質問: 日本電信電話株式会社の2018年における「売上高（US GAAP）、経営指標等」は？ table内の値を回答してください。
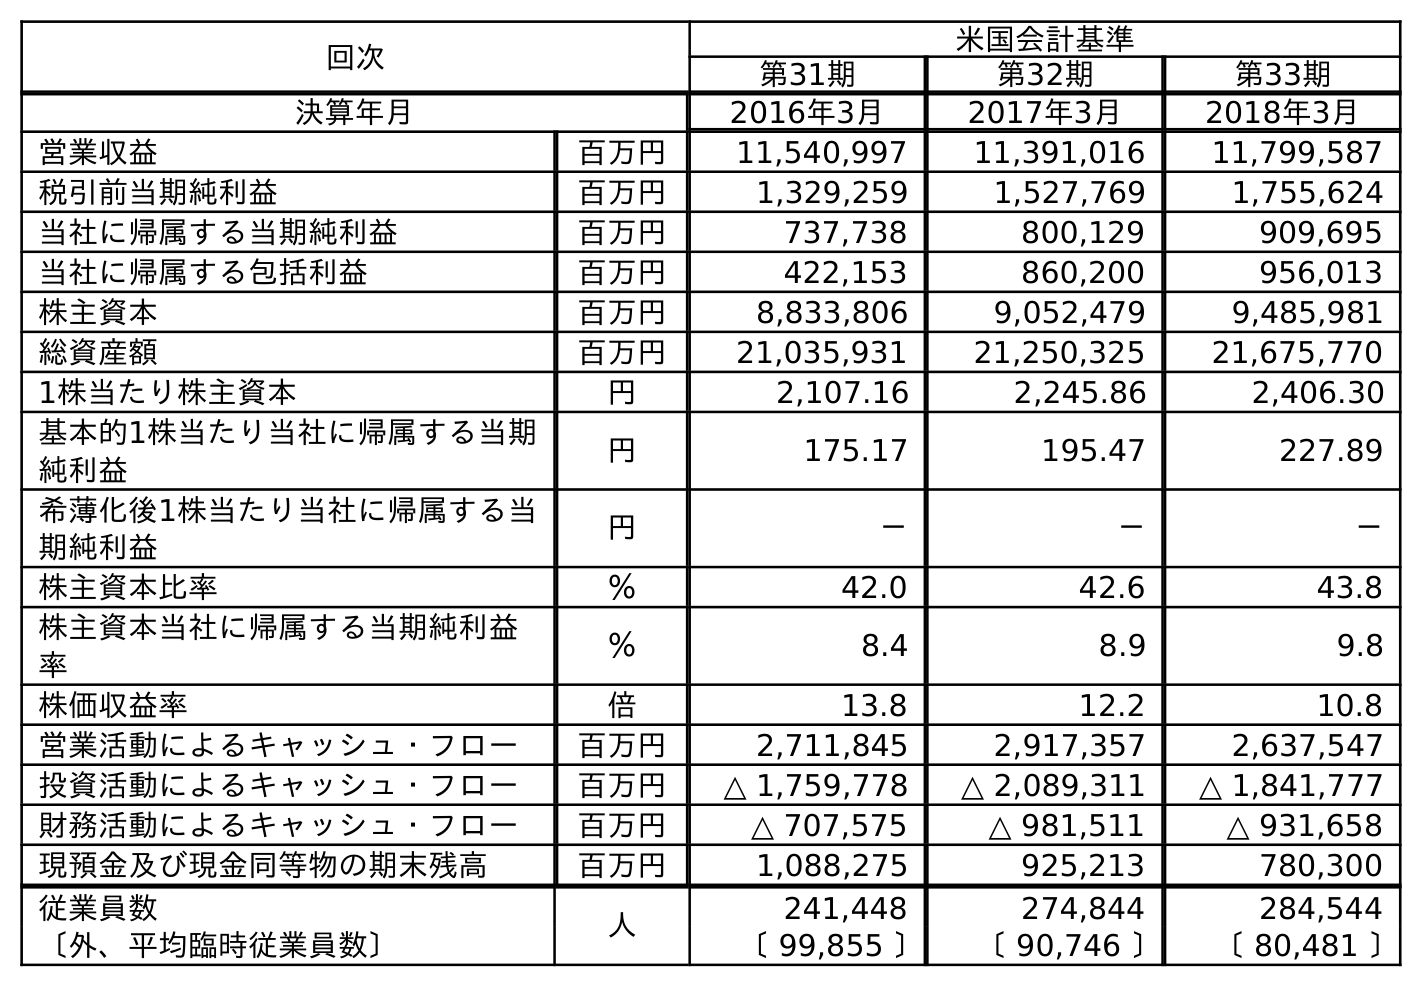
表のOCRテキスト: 回次 米国会計基準 第31期 第32期 第33期 決算年月 2016年3月 2017年3月 2018年3月 営業収益 百万円 11,540,997 11,391,016 11,799,587 税引前当期純利益 百万円 1,329,259 1,527,769 1,755,624 当社に帰属する当期純利益 百万円 737,738 800,129 909,695 当社に帰属する包括利益 百万円 422,153 860,200 956,013 株主資本 百万円 8,833,806 9,052,479 9,485,981 総資産額 百万円 21,035,931 21,250,325 21,675,770 1株当たり株主資本 円 2,107.16 2,245.86 2,406.30 基本的1株当たり当社に帰属する当期 純利益 円 175.17 195.47 227.89 希薄化後1株当たり当社に帰属する当 期純利益 円 － － － 株主資本比率 ％ 42.0 42.6 43.8 株主資本当社に帰属する当期純利益 率 ％ 8.4 8.9 9.8 株価収益率 倍 13.8 12.2 10.8 営業活動によるキャッシュ・フロー 百万円 2,711,845 2,917,357 2,637,547 投資活動によるキャッシュ・フロー 百万円 △ 1,759,778 △ 2,089,311 △ 1,841,777 財務活動によるキャッシュ・フロー 百万円 △ 707,575 △ 981,511 △ 931,658 現預金及び現金同等物の期末残高 百万円 1,088,275 925,213 780,300 従業員数 人 241,448 274,844 284,544 〔外、平均臨時従業員数〕 〔 99,855 〕 〔 90,746 〕 〔 80,481 〕
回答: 11,799,587